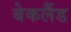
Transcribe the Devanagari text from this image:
बेकलैंड